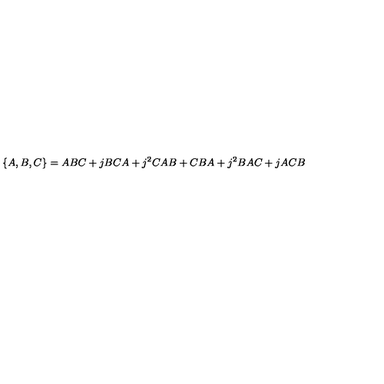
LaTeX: \{ A , B , C \} = A B C + j B C A + j ^ { 2 } C A B + C B A + j ^ { 2 } B A C + j A C B